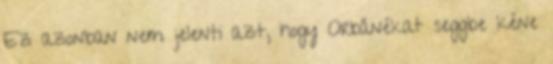
Ez azonban nem jelenti azt, hogy Orbánékat seggbe kéne